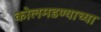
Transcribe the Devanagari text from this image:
कोलमडण्याच्या